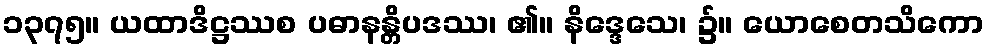
၁၃၇၅။ ယထာဒိဋ္ဌဿစ ပဓာနန္တိပဒဿ၊ ၏။ နိဒ္ဒေသေ၊ ၌။ ယောစေတသိကော